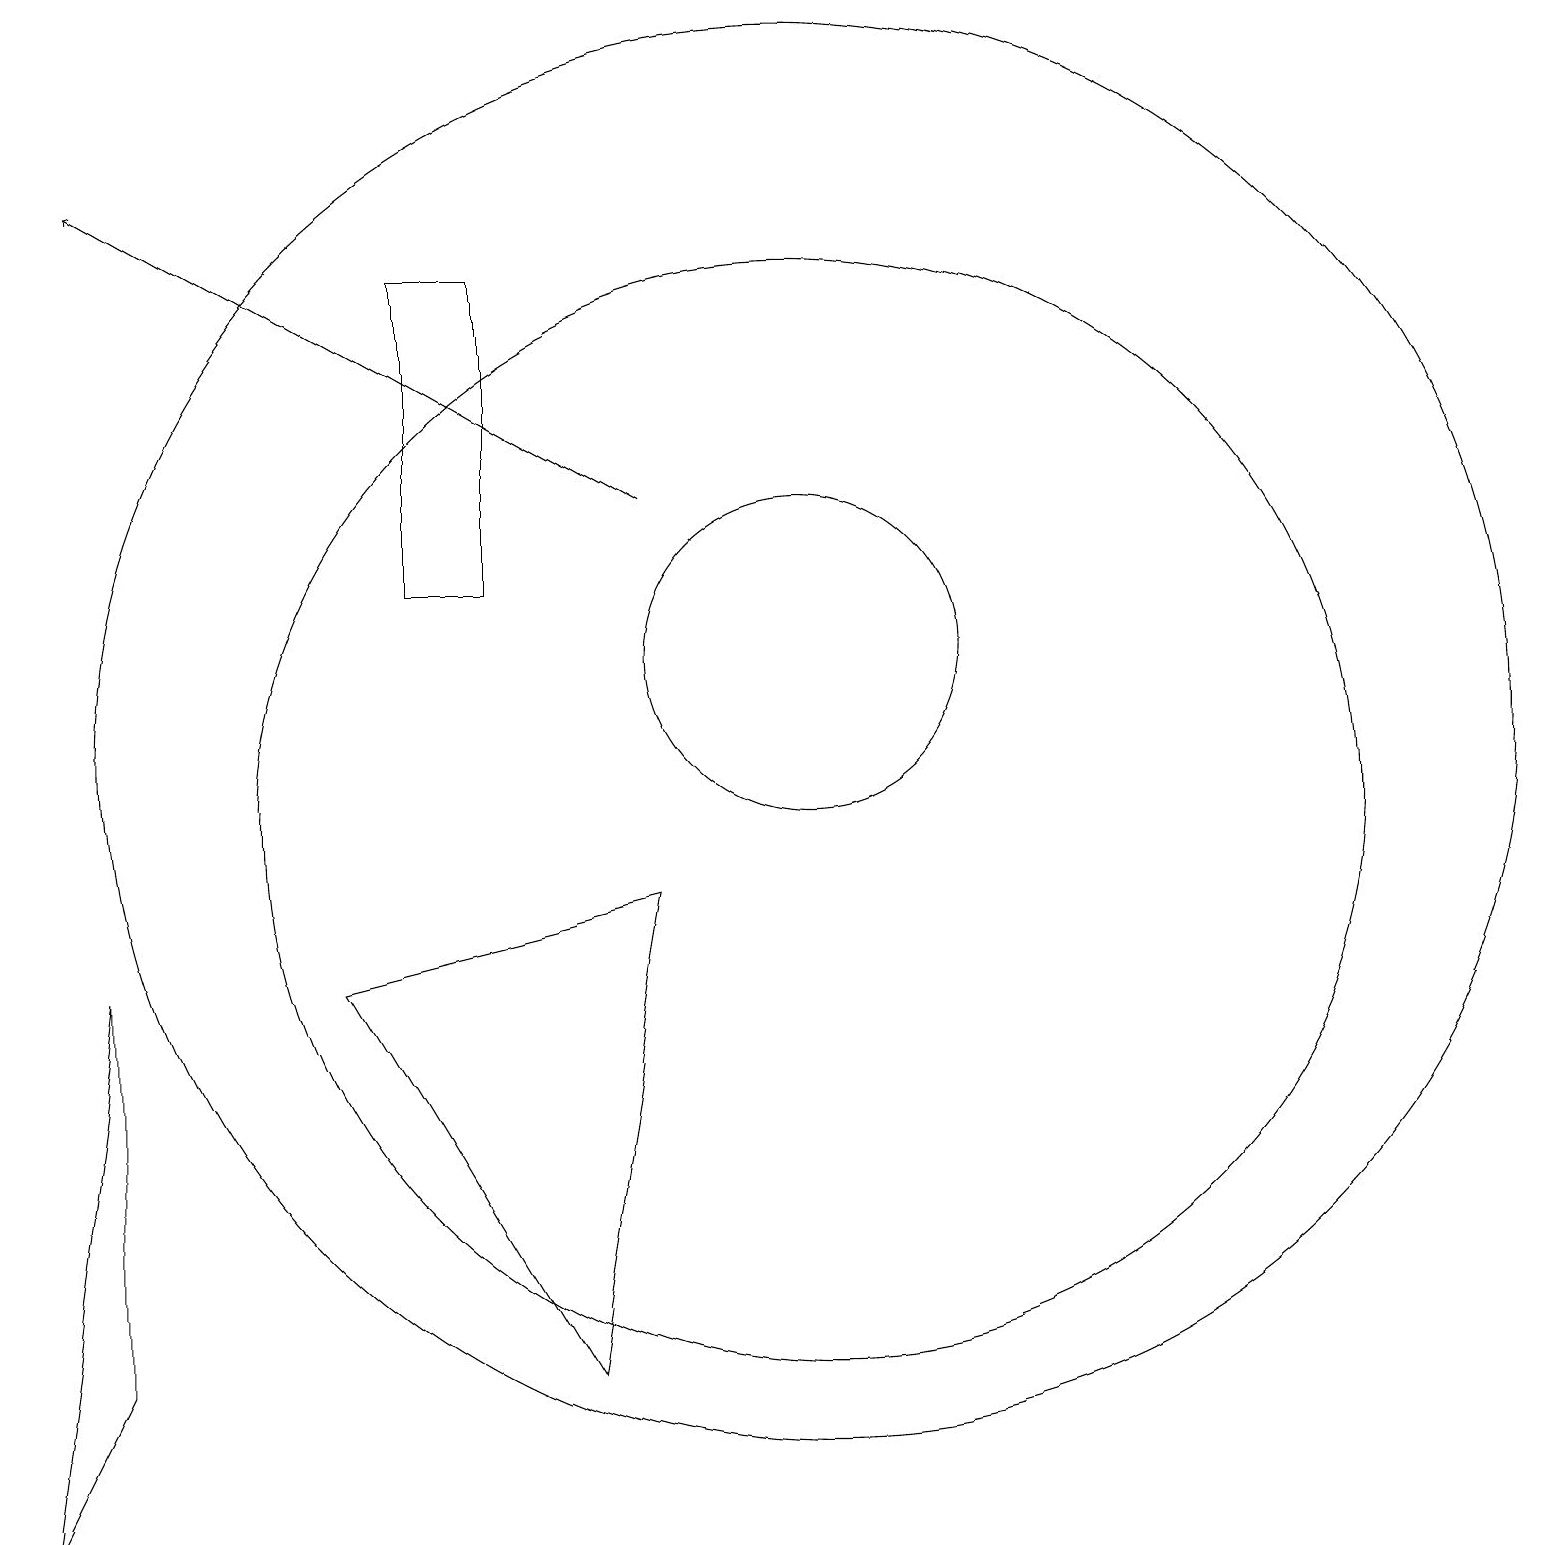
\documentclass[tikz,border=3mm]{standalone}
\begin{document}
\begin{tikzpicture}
\draw (10,12) circle (2);
\draw (6,13) rectangle (5,17);
\draw (0,1) -- (1,8) -- (1,3) -- cycle;
\draw (10,11) circle (9);
\draw (7,3) -- (8,9) -- (4,8) -- cycle;
\draw (10,10) circle (7);
\draw (12,12) circle (0);
\draw[->] (8,14) -- (1,18);
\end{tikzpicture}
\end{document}